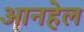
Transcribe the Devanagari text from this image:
आनहेल